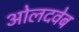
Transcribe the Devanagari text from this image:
ओलदवेब